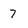
Character: 7